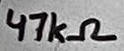
Text: 47kΩ